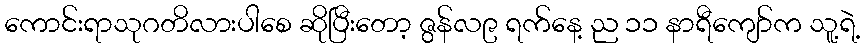
ကောင်းရာသုဂတိလားပါစေ ဆိုပြီးတော့ ဇွန်လ၉ ရက်နေ့ ည ၁၁ နာရီကျော်က သူ့ရဲ့